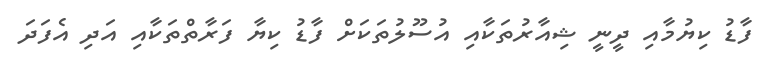
ފާޑު ކިޔުމާއި ދީނީ ޝިއާރުތަކާއި އުސޫލުތަކަށް ފާޑު ކިޔާ ފަރާތްތަކާއި އަދި އެފަދަ